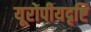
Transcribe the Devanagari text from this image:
यूरोपीयदृष्टि